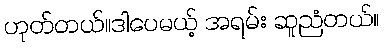
ဟုတ်တယ်။ဒါပေမယ့် အရမ်း ဆူညံတယ်။